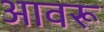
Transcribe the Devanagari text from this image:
आवरू